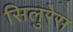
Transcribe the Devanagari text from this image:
सिलुरेस